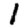
Digit: 1